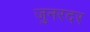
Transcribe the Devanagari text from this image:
जुनरदर